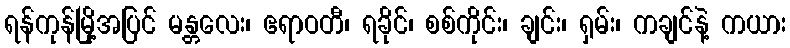
ရန်ကုန်မြို့အပြင် မန္တလေး၊ ဧရာဝတီ၊ ရခိုင်၊ စစ်ကိုင်း၊ ချင်း၊ ရှမ်း၊ ကချင်နဲ့ ကယား